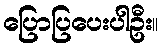
ပြောပြပေးပါဦး။